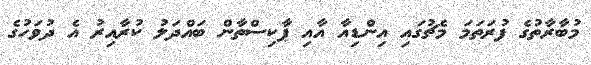
މުބާރާތުގެ ފުރަތަމަ މެޗުގައި އިންޑިއާ އާއި ޕާކިސްތާން ބައްދަލު ކުރާއިރު އެ ދުވަހުގެ